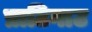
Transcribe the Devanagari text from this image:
प्राटिगाउ